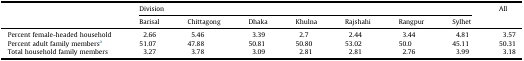
|  | <COLSPAN=7> Division | All |
 | Barisal | Chittagong | Dhaka | Khulna | Rajshahi | Rangpur | Sylhet |
 | --- | --- | --- | --- | --- | --- | --- | --- | --- |
 | Percent female-headed household | 2.66 | 5.46 | 3.39 | 2.7 | 2.44 | 3.44 | 4.81 | 3.57 |
 | Percent adult family membersa | 51.07 | 47.88 | 50.81 | 50.80 | 53.02 | 50.0 | 45.11 | 50.31 |
 | Total household family members | 3.27 | 3.78 | 3.09 | 2.81 | 2.81 | 2.76 | 3.99 | 3.18 |